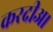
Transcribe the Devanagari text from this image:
करदीअ।